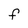
Character: F